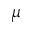
\mu